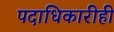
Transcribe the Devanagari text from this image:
पदाधिकारीही